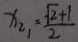
x _ { 2 1 } = \frac { \sqrt { 2 } + 1 } { 2 }